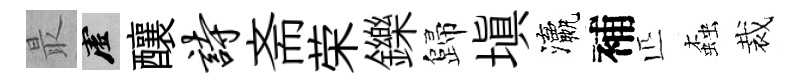
最虚釀诗斋荣鑠歸填瀛補匹螙裁